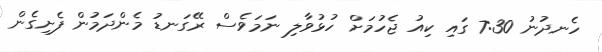
ހެނދުނު 7:30 ގައި ކިއު ޖެހުމަށް ހުޅުވާލި ނަމަވެސް ރޭގަނޑު މެންދަމުން ފެށިގެން